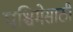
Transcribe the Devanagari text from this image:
पश्चिमेसाठी